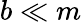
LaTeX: b\ll m